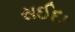
સઈદા